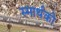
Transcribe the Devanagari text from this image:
स्मार्थको